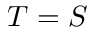
T = S